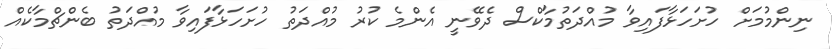
ނިންމުމަށް ހުށަހަޅާފައިވާ މުއްދަތުމާކްސް ދެވޭނީ އެންމެ ކުރު މުއްދަތު ހުށަހަޅާފައިވާ މުއްދަތު ބެންޗްމާކެއް